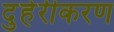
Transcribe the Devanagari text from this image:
दुहेरीकरण